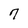
Character: 7